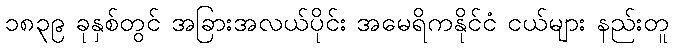
၁၈၃၉ ခုနှစ်တွင် အခြားအလယ်ပိုင်း အမေရိကနိုင်ငံ ငယ်များ နည်းတူ